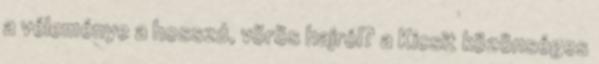
a véleménye a hosszú, vörös hajról? a Kicsit közönséges